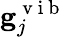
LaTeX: \mathbf{g}_{j}^{\mathrm{~v~i~b~}}